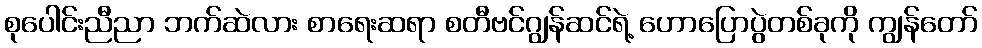
စုပေါင်းညီညာ ဘက်ဆဲလား စာရေးဆရာ စတီဗင်ဂျွန်ဆင်ရဲ့ ဟောပြောပွဲတစ်ခုကို ကျွန်တော်